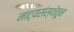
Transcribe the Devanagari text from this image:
नाट्यसंस्थेतून